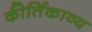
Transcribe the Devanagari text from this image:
कीर्तिकाव्य